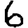
Digit: 6